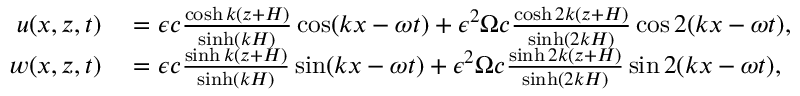
\begin{array} { r l } { u ( x , z , t ) } & { { } = \epsilon c \frac { \cosh k ( z + H ) } { \sinh ( k H ) } \cos ( k x - \omega t ) + \epsilon ^ { 2 } \Omega c \frac { \cosh 2 k ( z + H ) } { \sinh ( 2 k H ) } \cos 2 ( k x - \omega t ) , } \\ { w ( x , z , t ) } & { { } = \epsilon c \frac { \sinh k ( z + H ) } { \sinh ( k H ) } \sin ( k x - \omega t ) + \epsilon ^ { 2 } \Omega c \frac { \sinh 2 k ( z + H ) } { \sinh ( 2 k H ) } \sin 2 ( k x - \omega t ) , } \end{array}